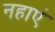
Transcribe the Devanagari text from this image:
नहाएं